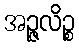
အဉ္ဇလိဉ္စ